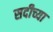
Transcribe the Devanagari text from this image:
सदीच्या